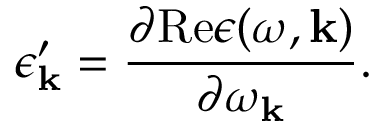
\epsilon _ { \bf k } ^ { \prime } = { \frac { \partial \mathrm { R e } \epsilon ( \omega , { \bf k } ) } { \partial \omega _ { \bf k } } } .